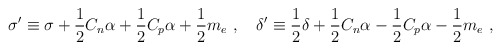
\begin{align*}\sigma' \equiv \sigma +{1\over 2} C_n \alpha + {1\over 2} C_p \alpha + {1\over 2} m_e\ ,\quad \delta' \equiv {1\over 2}\delta +{1\over 2} C_n\alpha - {1\over 2} C_p \alpha - {1\over 2} m_e \ ,\end{align*}